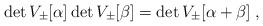
LaTeX: \begin{align*} \det V_\pm[\alpha] \det V_\pm[\beta] = \det V_\pm[\alpha+\beta]\;,\end{align*}